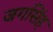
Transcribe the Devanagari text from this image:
जगसिंह